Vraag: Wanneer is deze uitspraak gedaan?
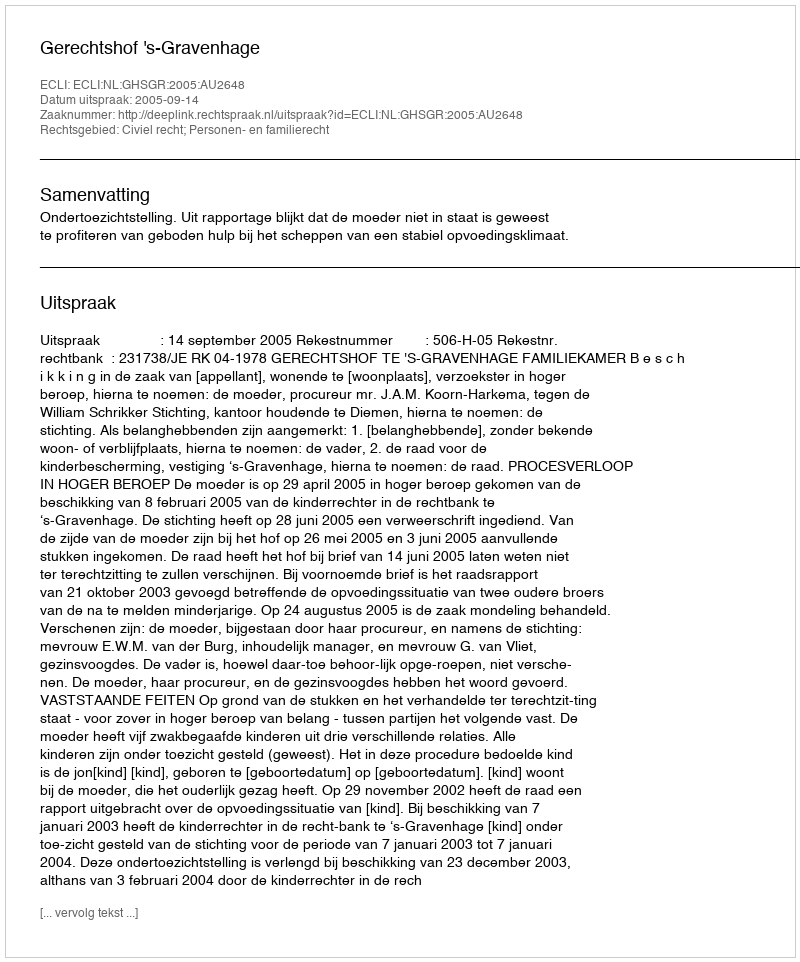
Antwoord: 2005-09-14